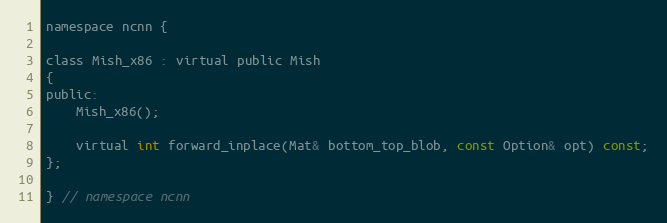
Language: C
namespace ncnn {

class Mish_x86 : virtual public Mish
{
public:
    Mish_x86();

    virtual int forward_inplace(Mat& bottom_top_blob, const Option& opt) const;
};

} // namespace ncnn